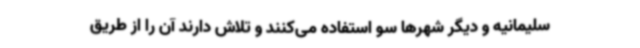
سلیمانیه و دیگر شهرها سو استفاده می‌کنند و تلاش دارند آن را از طریق